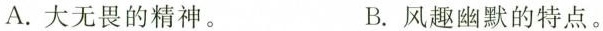
A.大无畏的精神。 B.风趣幽默的特点。